Indian Civil Veterinary Department memoirs
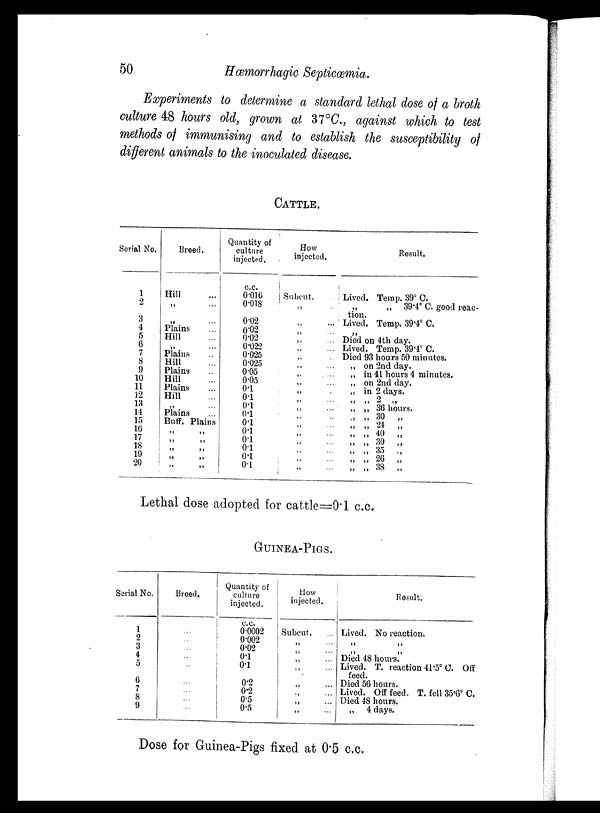
50
Hæmorrhagic Septicæmia.
Experiments to determine a standard lethal dose of a broth
culture 48 hours old, grown at 37°C., against which to test
methods of immunising and to establish the susceptibility of
different animals to the inoculated disease.
CATTLE.
Serial No.
1
2
3
4
5
6
7
8
9
10
11
12
13
14
15
16
17
18
19
20
Breed.
Hill ...
„ ...
„ ...
Plains ...
Hill ...
„ ...
Plains ...
Hill ...
Plains ...
Hill ...
Plains ...
Hill ...
„ ...
Plains ...
Buff. Plains
„ „
„
„
„ „
„
„
„ „
Quantity of
culture
injected.
c.c.
0.016
0.018
0.02
0.02
0.02
0.022
0.025
0.025
0.05
0.05
0.1
0.1
0.1
0.1
0.1
0.1
0.1
0.1
0.1
0.1
How
injected.
Subcut.
„ ...
„ ...
„ ...
„ ...
„ ...
„ ...
„ ...
„ ...
„ ...
„ ...
„ ...
„ ...
„ ...
„ ...
„ ...
„ ...
„ ...
„ ...
„ ...
Result.
Lived. Temp. 39° C.
„
„ 39.4° C. good reac-
tion.
Lived. Temp. 39.4° C.
„
Died on 4th day.
Lived. Temp. 39.4° C.
Died 93 hours 50 minutes.
„ on 2nd day.
„ in 41 hours 4 minutes.
„ on 2nd day.
„ in 2 days.
„
„ 2 „
„ „ 36 hours.
„
„ 30 „
„ „ 24 „
„ „ 40 „
„
„
30 „
„ „ 35 „
„ „ 26 „
„ „ 38 „
Lethal dose adopted for cattle=0.1 c.c.
GUINEA-PIGS.
Serial No.
1
2
3
4
5
6
7
8
9
Breed.
...
...
...
...
...
...
...
...
...
Quantity of
culture
injected.
c.c.
0.0002
0.002
0.02
0.1
0.1
0.2
0.2
0.5
0.5
How
injected.
Subcut.
...
„ ...
„ ...
„ ...
„ ...
„ ...
„ ...
„ ...
„ ...
Result.
Lived.
No reaction.
„ „
„ „
Died 48 hours.
Lived.
T. reaction 41.5°
C.
Off
feed.
Died 56 hours.
Lived.
Off feed.
T. fell 35.6° C.
Died 48 hours.
„
4 days.
Dose for Guinea-Pigs fixed at 0.5 c.c.